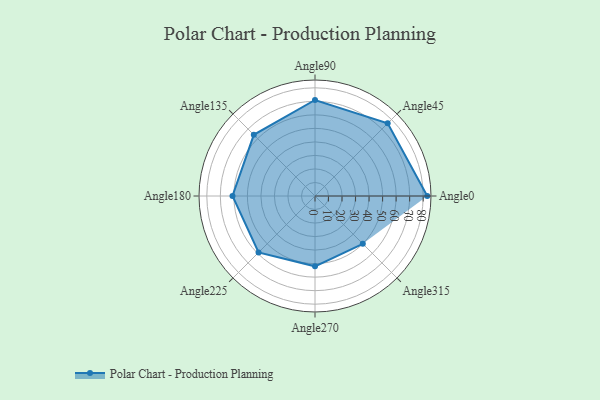
{"axis": {"x": "Angle", "y": "Radius"}, "legend": [""], "data": [{"x": "Angle0", "y": 83.0, "type": ""}, {"x": "Angle45", "y": 76.0, "type": ""}, {"x": "Angle90", "y": 71.0, "type": ""}, {"x": "Angle135", "y": 64.0, "type": ""}, {"x": "Angle180", "y": 61.0, "type": ""}, {"x": "Angle225", "y": 59.0, "type": ""}, {"x": "Angle270", "y": 52.0, "type": ""}, {"x": "Angle315", "y": 50, "type": ""}]}